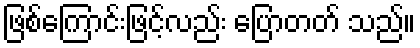
ဖြစ်ကြောင်းဖြင့်လည်း ပြောတတ် သည်။